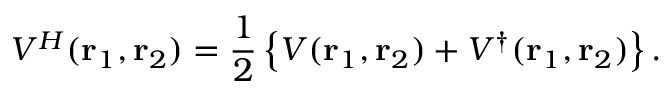
{ \cal V } ^ { H } ( \mathrm { \bf r } _ { 1 } , \mathrm { \bf r } _ { 2 } ) = { \frac { 1 } { 2 } } \left\{ { \cal V } ( \mathrm { \bf r } _ { 1 } , \mathrm { \bf r } _ { 2 } ) + { \cal V } ^ { \dag } ( \mathrm { \bf r } _ { 1 } , \mathrm { \bf r } _ { 2 } ) \right\} . \nonumber